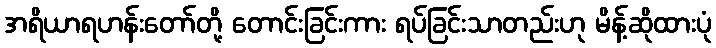
အရိယာရဟန်းတော်တို့ တောင်းခြင်းကား ရပ်ခြင်းသာတည်းဟု မိန့်ဆိုထားပုံ